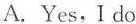
A. Yes,Ido